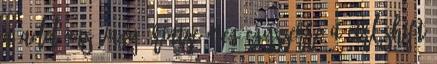
a Add-ons vagy érintse meg egyszerre a Ctrl Shift